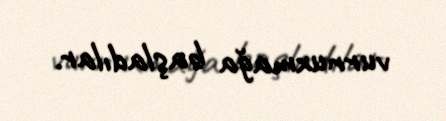
vurnuxmağa başladılar.